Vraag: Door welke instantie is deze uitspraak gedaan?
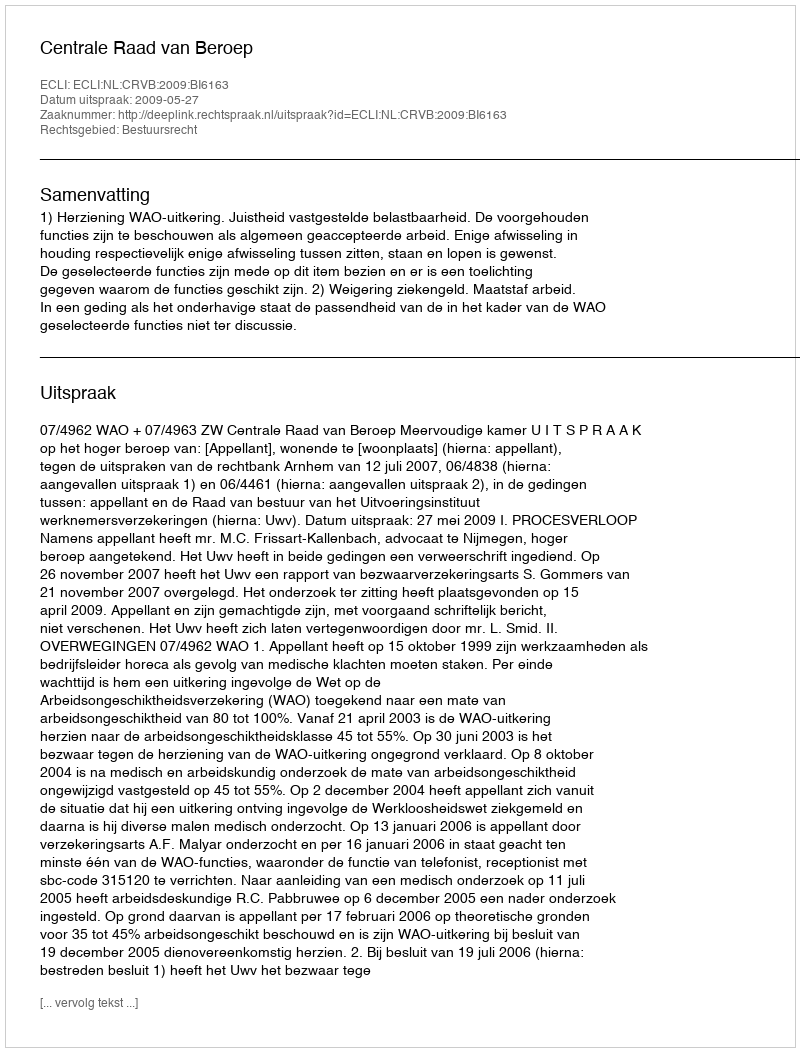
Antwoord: Centrale Raad van Beroep